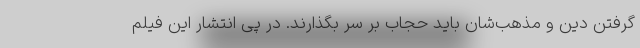
گرفتن دین و مذهب‌شان باید حجاب بر سر بگذارند. در پی انتشار این فیلم